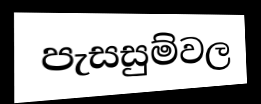
පැසසුම්වල